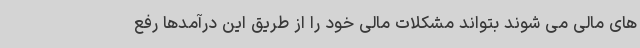
های مالی می شوند بتواند مشکلات مالی خود را از طریق این درآمدها رفع